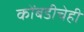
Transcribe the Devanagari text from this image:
कोंबडीचेही